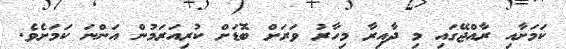
ކަމަށާއި ރާއްޖޭގައި މި ދާއިރާ މިހާރު ވަރަށް ބޮޑަށް ކުރިއަރަމުން އަންނަ ކަމަށެވެ.